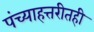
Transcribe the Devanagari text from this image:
पंच्याहत्तरीतही